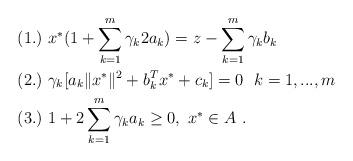
LaTeX: \begin{align*} &(1.)\ x^{*}(1+\sum\limits_{k=1}^m\gamma_k2a_{k})=z-\sum\limits_{k=1}^m\gamma_kb_{k}\ \ \\ &(2.)\ \gamma_k[a_{k}\|x^{*}\|^{2}+b_{k}^{T}x^{*}+c_{k}]=0\ \ k=1,...,m\ \ \\ &(3.)\ 1+2\sum\limits_{k=1}^m\gamma_k a_k\ge0,\ x^{*}\in A \ . \end{align*}